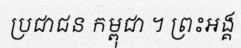
ប្រជាជន កម្ពុជា ។ ព្រះអង្គ